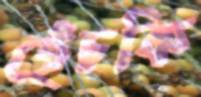
হেঁচকি